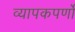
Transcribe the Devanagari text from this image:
व्यापकपर्णो